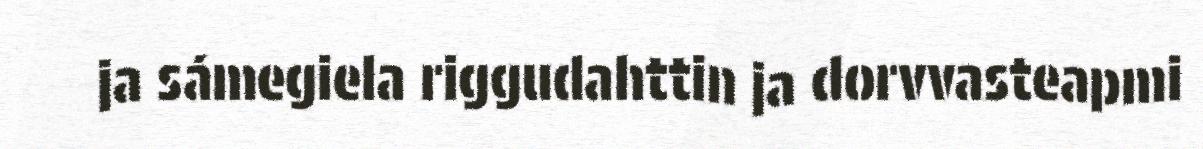
ja sámegiela riggudahttin ja dorvvasteapmi